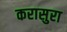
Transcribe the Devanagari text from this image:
करासुरा